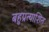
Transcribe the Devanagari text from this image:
बहुप्रत्याशित